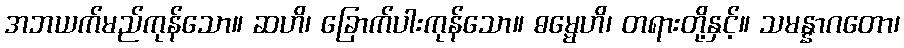
အဘယက်မည်ကုန်သော။ ဆဟိ၊ ခြောက်ပါးကုန်သော။ ဓမ္မေဟိ၊ တရားတို့နှင့်။ သမန္နာဂတော၊